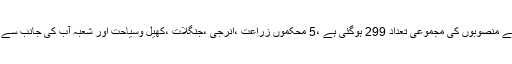
جاری سال کے دوران 234 اسکیموں کو مکمل کیاجارہا ہے جب کہ 65 اضافی اسکیمیں شامل کی گئی ہیں جس سے منصوبوں کی مجموعی تعداد 299 ہوگئی ہے ،5 محکموں زراعت ،انرجی ،جنگلات ،کھیل وسیاحت اور شعبہ آب کی جانب سے 27 ارب 76 کروڑ کے اضافی فنڈز مانگے گئے، محکمہ پی اینڈڈی نے 7 محکموں کے لیے فنڈز میں اضافہ کیا۔